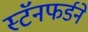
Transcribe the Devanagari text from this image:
स्टॅनफर्डने